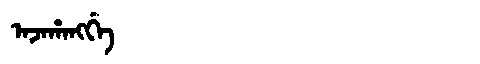
Manchu: ᠠᠵᠠᡥᠠᠩᡤᡝ
Romanization: AJAHANGGE